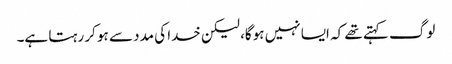
لوگ کہتے تھے کہ ایسا نہیں ہوگا، لیکن خدا کی مدد سے ہو کر رہتا ہے۔